Civil Veterinary Dept. Bombay admin report 1914-1922 - 1914-1922
Year: 1914
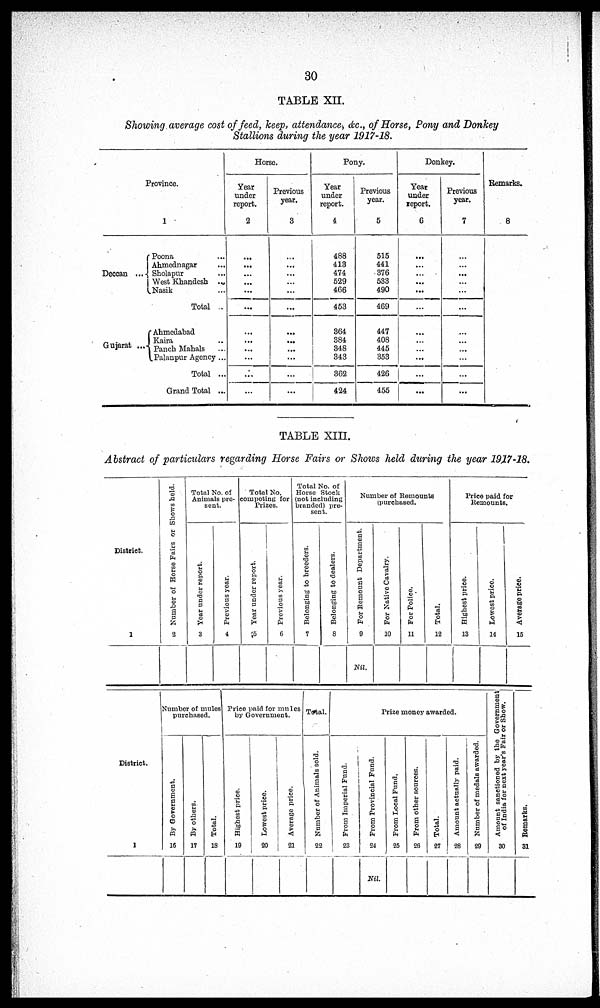
30
TABLE XII.
Showing average cost of feed, keep, attendance, &c., of Horse, Pony and Donkey
Stallions during the year 1917-18.
Province.
1
Deccan
Poona ...
Ahmednagar ...
Sholapur ...
West Khandesh ...
Nasik ...
Total ...
Gujarat
Ahmedabad
Kaira ...
Panch Mahals ...
Palanpur Agency ...
Total ...
Grand Total ...
Horse.
Year
under
report.
2
....
...
...
...
...
...
....
...
....
...
...
...
Previous
year.
3
....
...
...
...
...
....
...
...
...
....
...
Pony.
Year
under
report.
4
488
413
474
529
466
453
364
384
348
343
362
424
Previous
year.
5
515
441
376
533
490
469
447
408
445
353
426
455
Donkey.
Year
under
report.
6
....
...
...
...
...
...
....
...
...
...
...
...
Previous
year.
7
....
....
...
....
....
...
....
.......
.......
....
...
...
Remarks.
8
TABLE XIII.
Abstract of particulars regarding Horse Fairs or Shows held during the year 1917-18.
District.
1
Number of Horse Fairs or Shows held.
2
Total No. of
Animals pre-
sent.
Year under report.
3
Previous year.
4
Total No.
competing for
Prizes.
Year under report.
5
Previous year.
6
Total No. of
Horse Stock
(not including
branded) pre-
sent.
Belonging to breeders.
7
Belonging to dealers.
8
Number of Remounts
purchased.
For Remount Department.
9
Nil.
For Native Cavalry.
10
For Police.
11
Total.
12
Price paid for
Remounts.
Highest price.
13
Lowest price.
14
Average price.
15
District.
1
Number of mules
purchased.
By Government.
16
By others.
17
Total.
18
Price paid for mules
by Government.
Highest price.
19
Lowest price.
20
Average price.
21
Total.
Number of Animals sold.
22
Prize money awarded.
From Imperial Fund.
23
From Provincial Fund.
24
Nil.
From Local Fund,
25
From other sources.
26
Total.
27
Amount actually paid.
28
Number of medals awarded.
29
Amount sanctioned by the Government
of India for next year's Fair or Show.
30
Remarks.
31